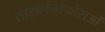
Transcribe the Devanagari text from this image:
साइफॉनोफोराओं